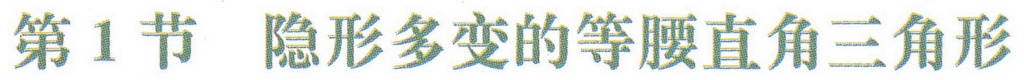
第1节  隐形多变的等腰直角三角形